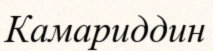
Камариддин